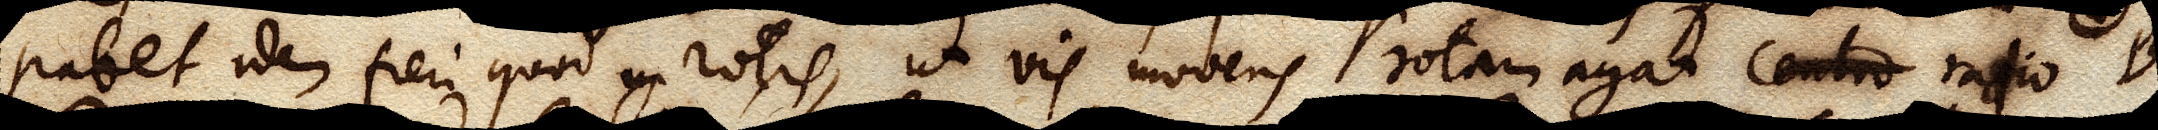
patet idem fieri quod in rotis, ut vis movens rotam agat centro radio B